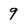
Character: 9